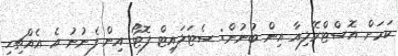
ކަމަށް އޮސްޓްރޭލިއާ އިން ބުނުން: ސެޓަލައިޓް ފޮޓޯ އިން ފެނުނު އެ އެއްޗިހި